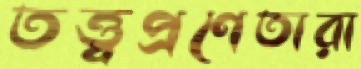
তত্ত্বপ্রণেতারা